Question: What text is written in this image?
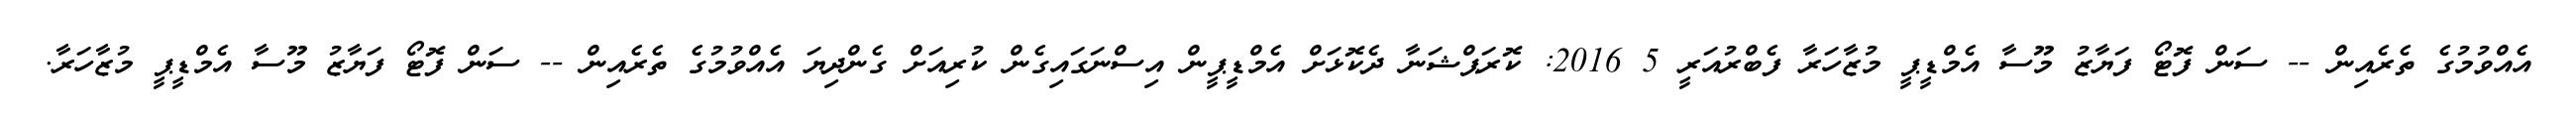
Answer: އެއްވުމުގެ ތެރެއިން -- ސަން ފޮޓޯ ފަޔާޒު މޫސާ އެމްޑީޕީ މުޒާހަރާ ފެބްރުއަރީ 5 2016: ކޮރަޕްޝަނާ ދެކޮޅަށް އެމްޑީޕީން އިސްނަގައިގެން ކުރިއަށް ގެންދިޔަ އެއްވުމުގެ ތެރެއިން -- ސަން ފޮޓޯ ފަޔާޒު މޫސާ އެމްޑީޕީ މުޒާހަރާ.